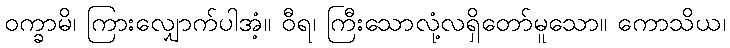
ဝက္ခာမိ၊ ကြားလျှောက်ပါအံ့။ ဝီရ၊ ကြီးသောလုံ့လရှိတော်မူသော။ ကောသိယ၊